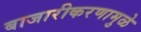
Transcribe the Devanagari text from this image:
बाजारीकरणामुळे